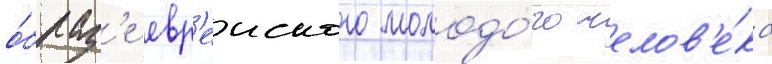
о́браз'е евр'еиского молодо́го челов'е́ка